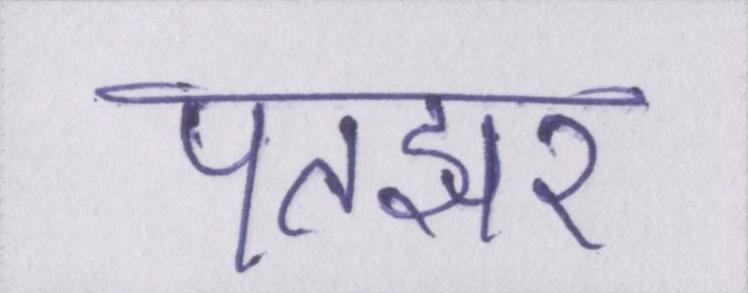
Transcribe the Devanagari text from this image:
पतझर